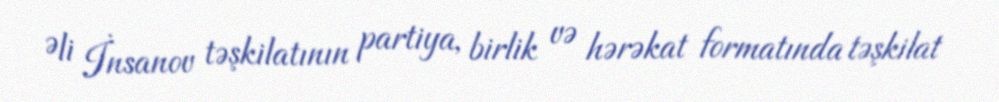
Əli İnsanov təşkilatının partiya, birlik və hərəkat formatında təşkilat